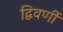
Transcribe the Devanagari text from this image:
द्विवर्णी